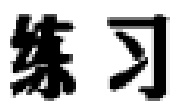
练习